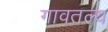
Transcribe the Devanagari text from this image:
गावतल्य